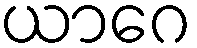
ယာဂေ